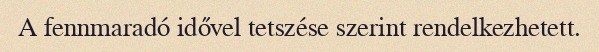
A fennmaradó idővel tetszése szerint rendelkezhetett.